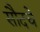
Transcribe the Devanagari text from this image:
सौदचे